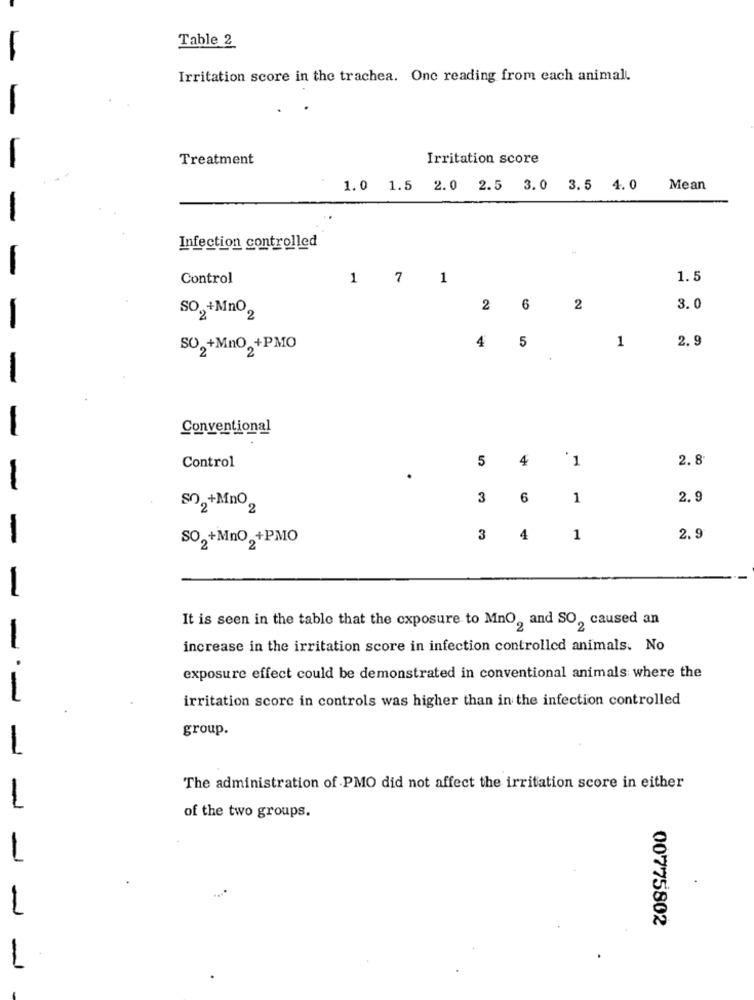
Table 2
Irritation score in the trachea. One reading from each animal.
Treatment
Irritation score
1.0 1.5 2.0 2.5 3.0 3.5 4.0 Mean
Infection controlled
Control
1 7 1
1.5
2 6
2
3.0
SO, +Mno 2
4
5
1
2.9
SO2 +MnO +PMO
Conventional
5
4
'1
2.8
Control
3
6
1
2.9
SO2+MnO2
-
SO, +MnO +PMO
3
4
1
2.9
-
It is seen in the table that the exposure to MnO, and SO, caused an
increase in the irritation score in infection controlled animals. No
exposure effect could be demonstrated in conventional animals where the
--
irritation score in controls was higher than in the infection controlled
group.
The administration of PMO did not affect the irritation score in either
of the two groups.
1
00775802